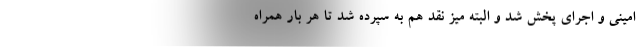
امینی و اجرای پخش شد و البته میز نقد هم به سپرده شد تا هر بار همراه